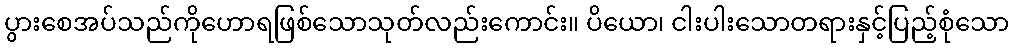
ပွားစေအပ်သည်ကိုဟောရဖြစ်သောသုတ်လည်းကောင်း။ ပိယော၊ ငါးပါးသောတရားနှင့်ပြည့်စုံသော